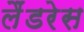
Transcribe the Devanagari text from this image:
लैंडरेस